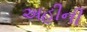
અહીની